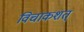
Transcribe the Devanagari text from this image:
विचाकशत्